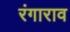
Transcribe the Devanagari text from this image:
रंगाराव